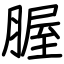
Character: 腛